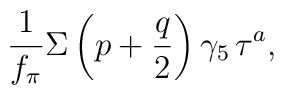
\frac{1}{f_\pi}\Sigma\left(p+\frac{q}{2}\right)\gamma_5\,\tau^a,